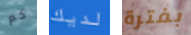
كم لديك بفترة